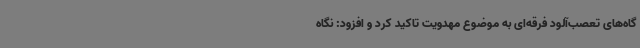
گاه‌های تعصب‌آلود فرقه‌ای به موضوع مهدویت تاکید کرد و افزود: نگاه